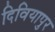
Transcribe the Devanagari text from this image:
दिवियापुर